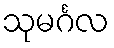
သုမင်္ဂလ